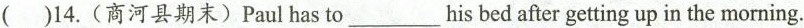
()14.(商河县期末)Paul has to his___ bed after getting up in the morning.